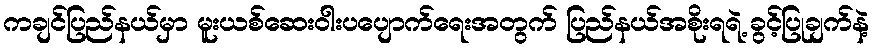
ကချင်ပြည်နယ်မှာ မူးယစ်ဆေးဝါးပပျောက်ရေးအတွက် ပြည်နယ်အစိုးရရဲ့ ခွင့်ပြုချက်နဲ့